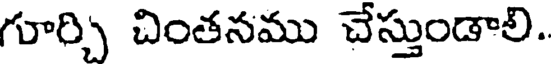
గూర్చి చింతనము చేస్తుండాలి.